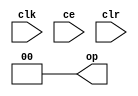
module constant_9e0724a33a (
  output [(2 - 1):0] op,
  input clk,
  input ce,
  input clr);
  localparam [(2 - 1):0] const_value = 2'b00;
  assign op = 2'b00;
endmodule